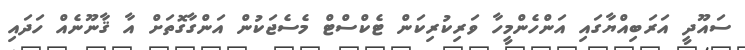
ސައޫދީ އަރަބިއްޔާގައި އަންހެންމީހާ ވަރިކުރިކަން ޓެކްސްޓް މެސެޖަކުން އަންގާގޮތަށް އާ ޤާނޫނެއް ހަދައި